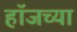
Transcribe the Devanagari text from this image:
हॉजच्या